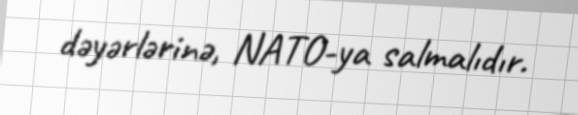
dəyərlərinə, NATO-ya salmalıdır.